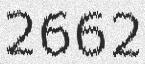
2662